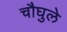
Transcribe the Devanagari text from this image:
चौघुले